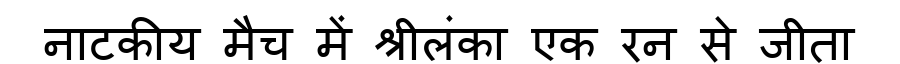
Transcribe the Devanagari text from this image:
नाटकीय मैच में श्रीलंका एक रन से जीता